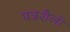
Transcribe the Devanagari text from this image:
पत्रशैली